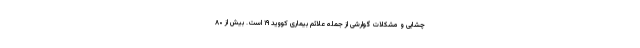
چشایی و مشکلات گوارشی از جمله علائم بیماری کووید ۱۹ است. بیش از ۸۰